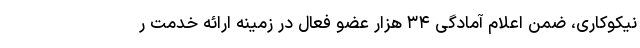
نیکوکاری، ضمن اعلام آمادگی ۳۴ هزار عضو فعال در زمینه ارائه خدمت ر